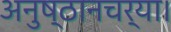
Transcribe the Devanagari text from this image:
अनुष्ठानचर्या।